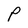
Character: P